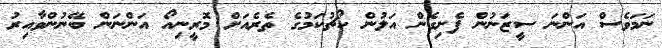
ނަމަވެސް އަންނަ ސީޒަނުން ފެށިގެން އަލުން ކޯޗުކަމުގެ ތެރެއަށް މޮރީނިއޯ އަންނަން ބޭނުންވާއިރު